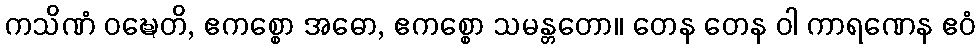
ကသိဏံ ဝဍ္ဎေတိ, ဧကစ္စော အဓော, ဧကစ္စော သမန္တတော။ တေန တေန ဝါ ကာရဏေန ဧဝံ